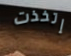
إتخذت